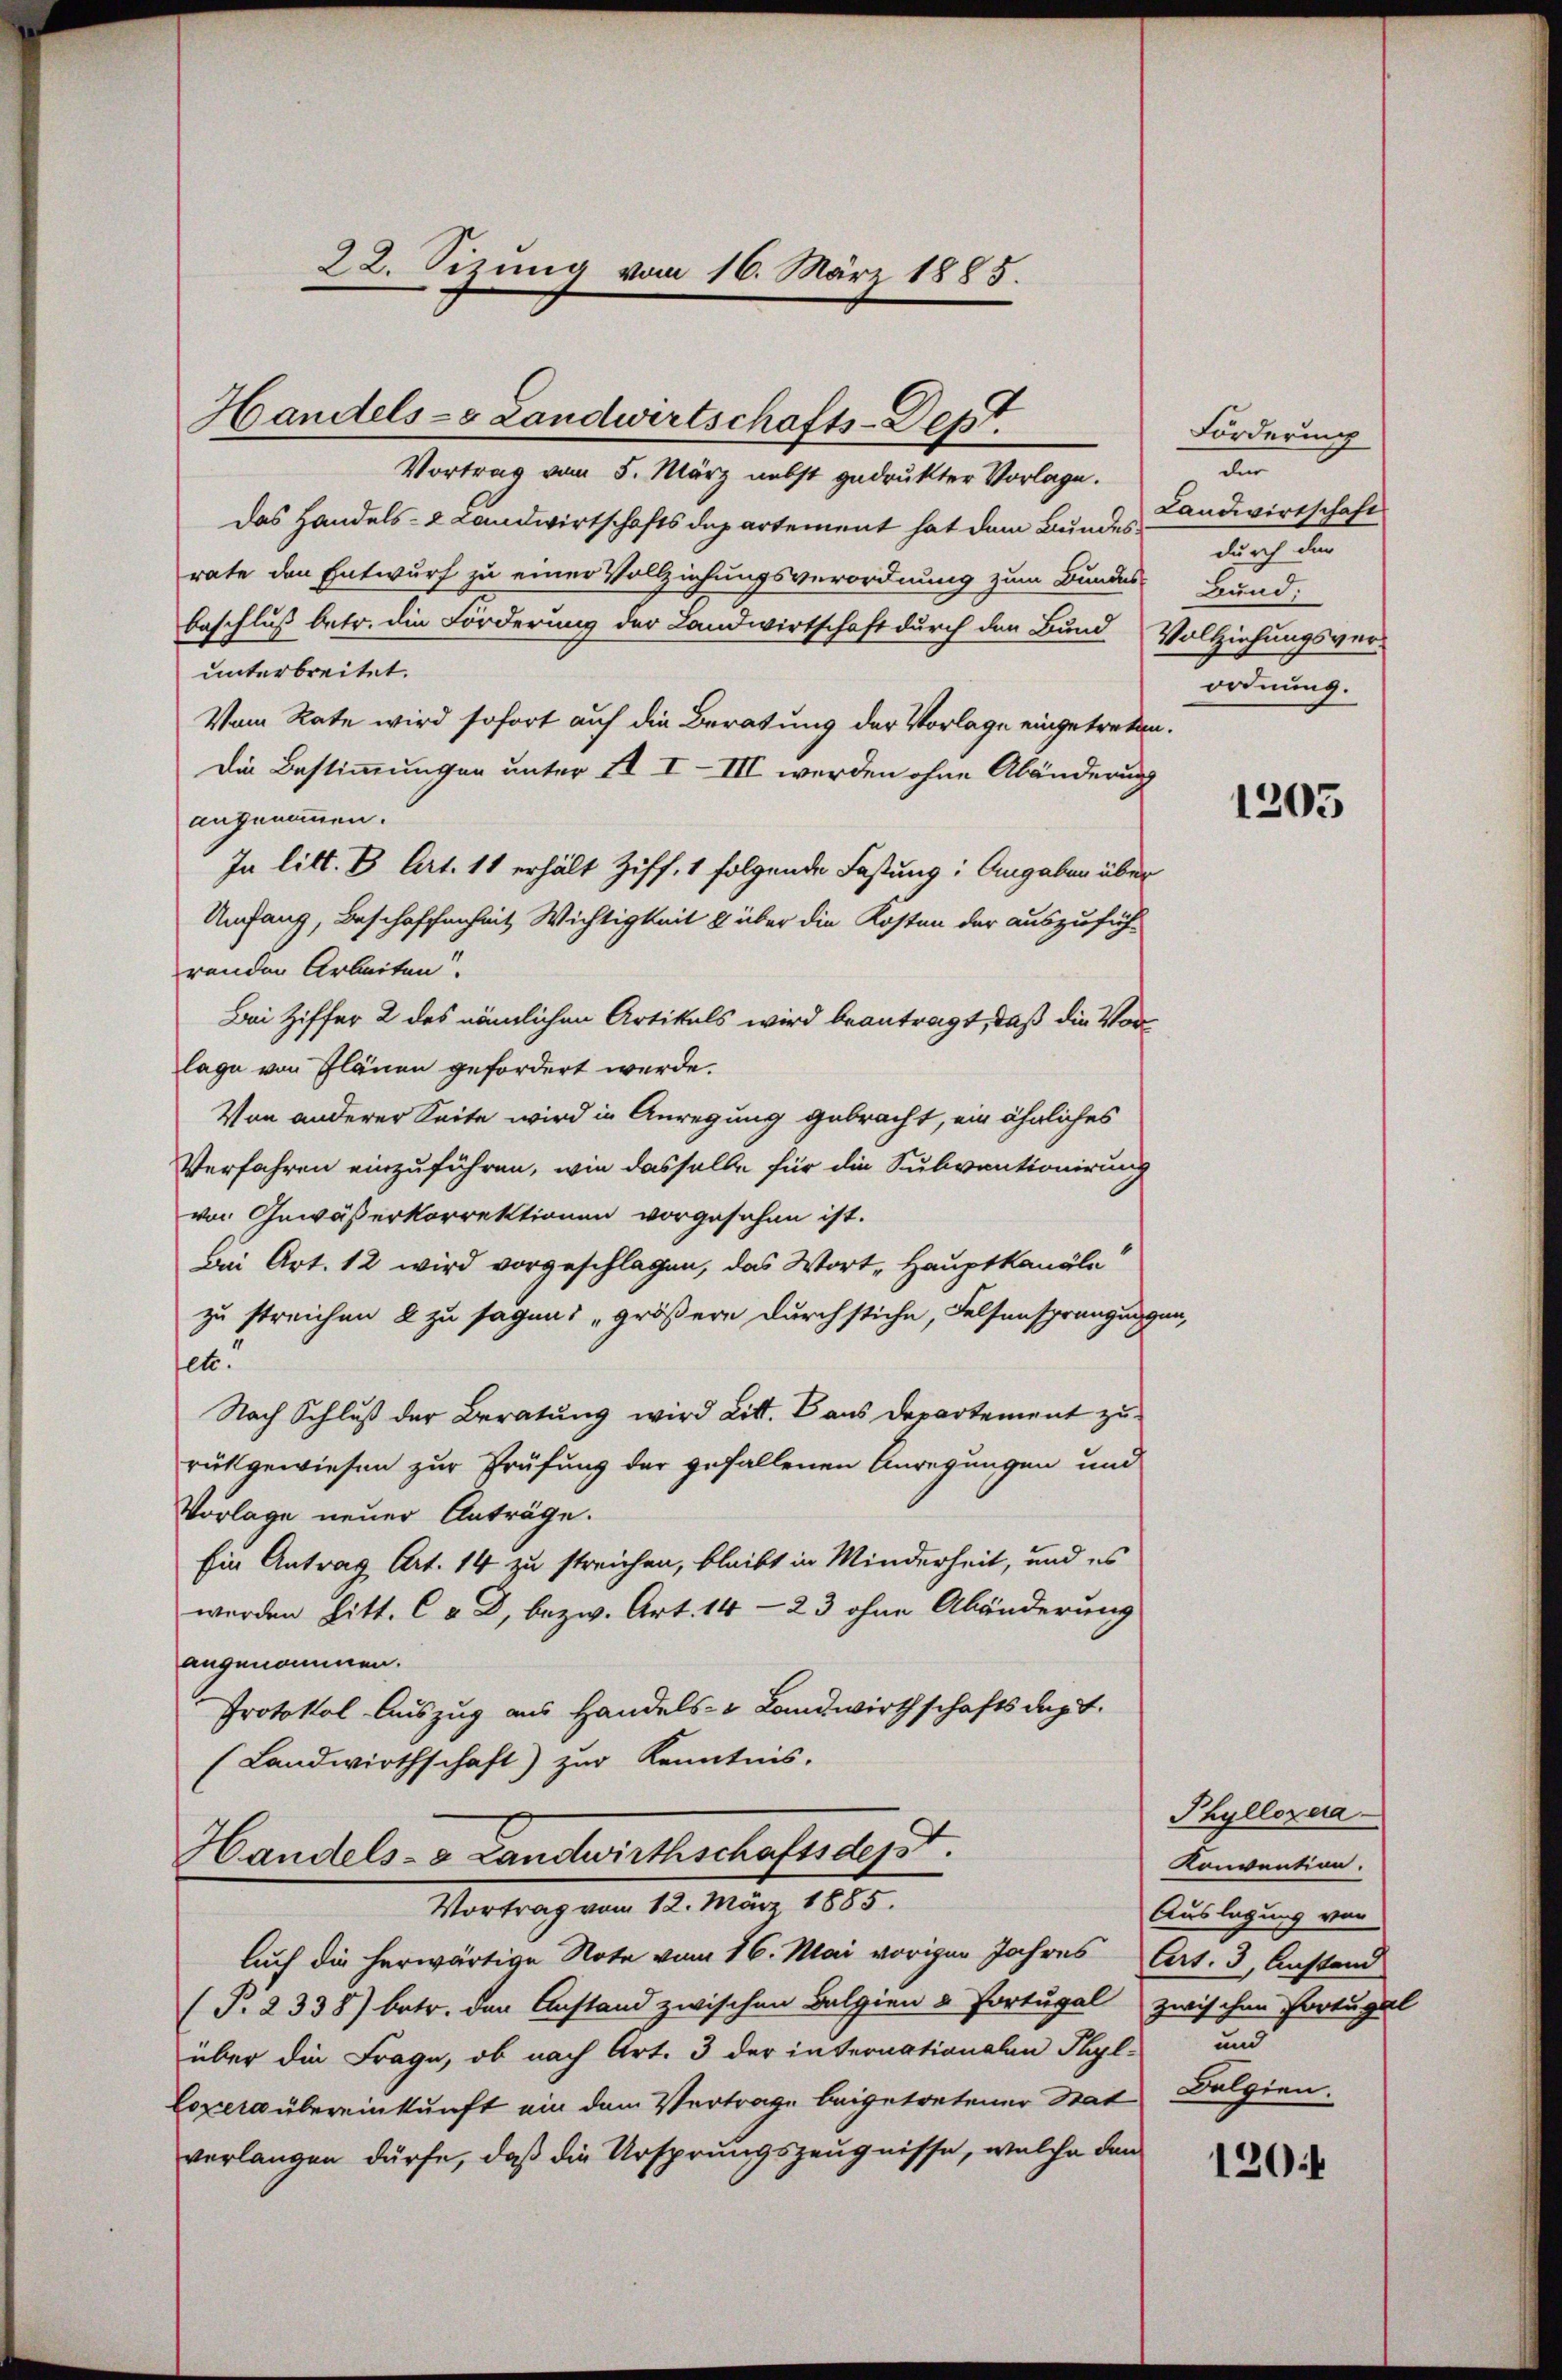
Handels- Landwirtschafts-Dept.

22. Sizung vom 16. März 1885.

Vortrag vom 5. März nebst gedrukter Vorlage.
das Handels- & Landwirtschafts departement hat dem Bundes Landwirtschaft
rate den Entwurf zu einer Vollziehungsverordnung zum Bundes-Bund.
beschluß betr. die Förderung der Landwirtschaft durch den Bund Vollziehungsver-
unterbreitet.
Vom Rate wird sofort auf die Beratung der Vorlage eingetreten.
Die Bestimmungen unter II I- III werden ohne Abänderung
angenommen.
In litt. B. Art. 11 erhält Ziff. 1 folgende Fastung: Angaben über
Umfang, Beschaffenheit Wichtigkeit & über die Kosten der auszufüh-
renden Arbeiten.
Bei Ziffer 2 des nämlichen Artikels wird beantragt, daß die Vorlage von Plänen gefordert werde.
Von anderer Seite wird in Anregung gebracht, ein ähnliches
Verfahren einzuführen, wie dasselbe für die Subventionirung
von Gewäßerkorrektionen vorgesehen ist.
Bei Art. 12 wird vorgeschlagen, das Wort „Hauptkanäle
zu streichen & zu sagen: „größere durchstiche, Felsensprangungen,
jett
Nach Schluß der Beratung wird Litt. B aus Departement zu
rükgewiesen zur Prüfung der gefallenen Anregungen und
Vorlage neuer Anträge.
Ein Antrag Art. 14 zu streichen, bleibt in Minderheit, und es
werden Litt. C & D, bezw. Art. 14-23 ohne Abänderung
angenommen.
Protokol Auszug aus Handels- & Landwirthschaftsdept.
(Landwirthschaft) zur Kenntnis.
Handels- & Landwirthschaftsdepst.
Vortrag vom 12. März 1885.
Auch die herwärtige Note vom 16. Mai vorigen Jahres Art. 3, Anstand
(P. 2338) betr. den Anstand zwischen Belgien & Portugal zwischen Portugal
über die Frage, ob nach Art. 3 der internationalen Phyl- und
Coxera übereinkunft ein dem Vertrage beigetretener Stat Dolgien.
verlangen dürfe, daß die Ursprungszeugnisse, welche den

Forderung
an
durch der
ordnung.

1205

Phyllozera
Konvention.
Auslagung von